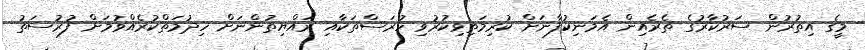
މީގެ އިތުރުން ސަރުކާރުގެ ތެރެއިން އެމަނިކުފާނަށް ކުރިމަތިވިކުރުވި ހުރަސްތަކާއި ރައްޔިތުންނަށް ހިދުމަތްކުރެއްވުމަށް ފުރުސަތު